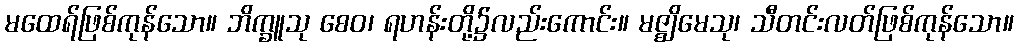
မထေရ်ဖြစ်ကုန်သော။ ဘိက္ခူသု စေဝ၊ ရဟန်းတို့၌လည်းကောင်း။ မဇ္ဈိမေသု၊ သီတင်းလတ်ဖြစ်ကုန်သော။